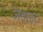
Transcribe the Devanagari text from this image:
जेडाइट